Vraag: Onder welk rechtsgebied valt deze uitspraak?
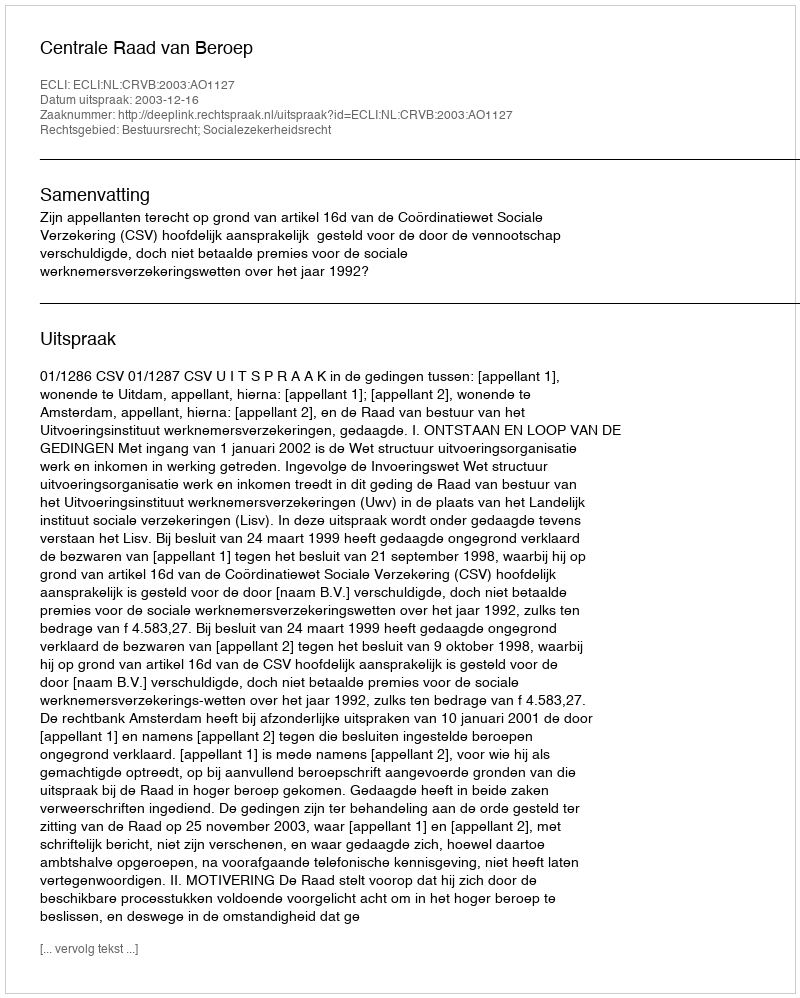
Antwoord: Bestuursrecht; Socialezekerheidsrecht